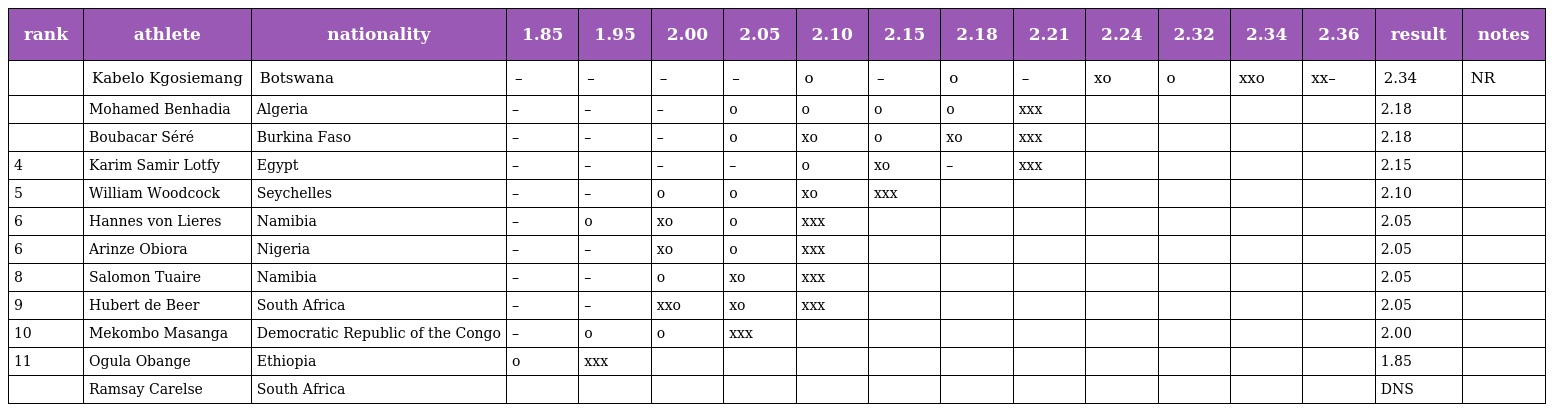
| rank | athlete | nationality | 1.85 | 1.95 | 2.00 | 2.05 | 2.10 | 2.15 | 2.18 | 2.21 | 2.24 | 2.32 | 2.34 | 2.36 | result | notes |
 | --- | --- | --- | --- | --- | --- | --- | --- | --- | --- | --- | --- | --- | --- | --- | --- | --- |
 |  | Kabelo Kgosiemang | Botswana | – | – | – | – | o | – | o | – | xo | o | xxo | xx– | 2.34 | NR |
 |  | Mohamed Benhadia | Algeria | – | – | – | o | o | o | o | xxx |  |  |  |  | 2.18 |  |
 |  | Boubacar Séré | Burkina Faso | – | – | – | o | xo | o | xo | xxx |  |  |  |  | 2.18 |  |
 | 4 | Karim Samir Lotfy | Egypt | – | – | – | – | o | xo | – | xxx |  |  |  |  | 2.15 |  |
 | 5 | William Woodcock | Seychelles | – | – | o | o | xo | xxx |  |  |  |  |  |  | 2.10 |  |
 | 6 | Hannes von Lieres | Namibia | – | o | xo | o | xxx |  |  |  |  |  |  |  | 2.05 |  |
 | 6 | Arinze Obiora | Nigeria | – | – | xo | o | xxx |  |  |  |  |  |  |  | 2.05 |  |
 | 8 | Salomon Tuaire | Namibia | – | – | o | xo | xxx |  |  |  |  |  |  |  | 2.05 |  |
 | 9 | Hubert de Beer | South Africa | – | – | xxo | xo | xxx |  |  |  |  |  |  |  | 2.05 |  |
 | 10 | Mekombo Masanga | Democratic Republic of the Congo | – | o | o | xxx |  |  |  |  |  |  |  |  | 2.00 |  |
 | 11 | Ogula Obange | Ethiopia | o | xxx |  |  |  |  |  |  |  |  |  |  | 1.85 |  |
 |  | Ramsay Carelse | South Africa |  |  |  |  |  |  |  |  |  |  |  |  | DNS |  |